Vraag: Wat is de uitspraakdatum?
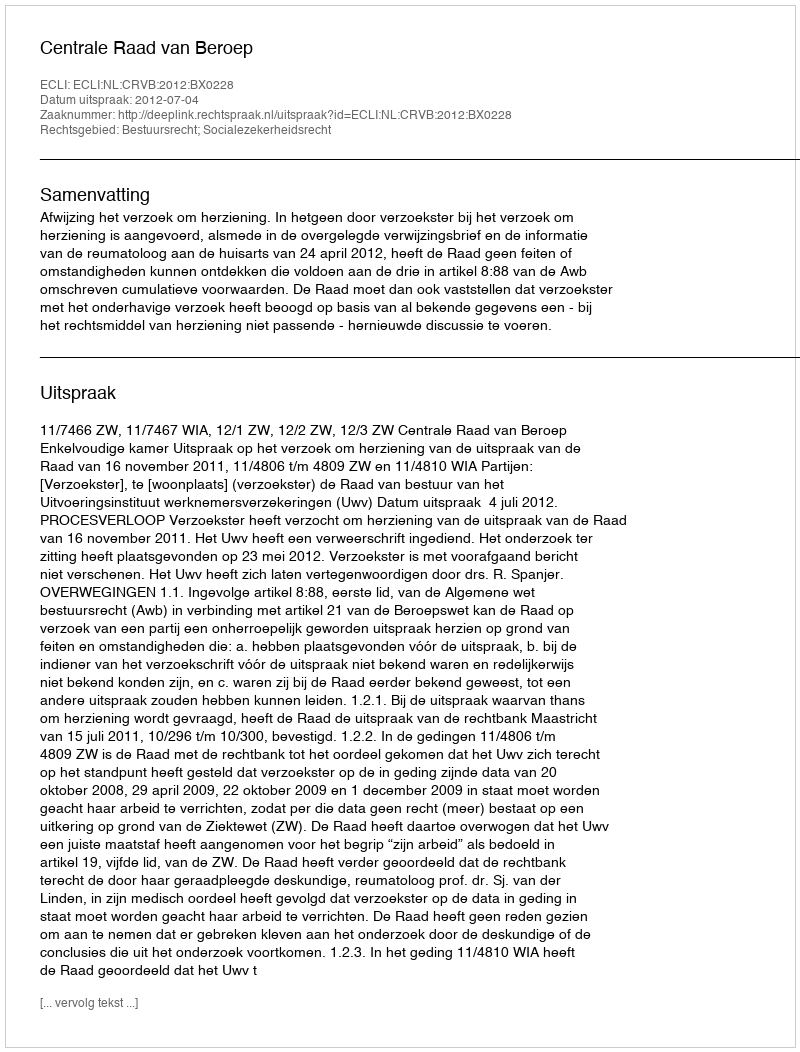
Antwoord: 2012-07-04